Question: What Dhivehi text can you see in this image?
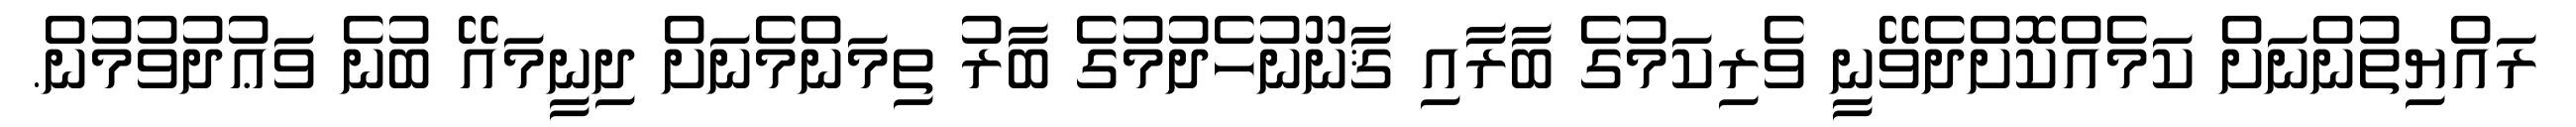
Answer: ރައްޔިތުންނަށް ކަމެއްކޮށްދެވޭނީ ވެރިކަމުގެ ބާރާއި ޤާނޫނުހެދުމުގެ ބާރު ތިމަންމެނަށް ދިނީމައޭ ބުނެ ވަޢުދުވުމުން.